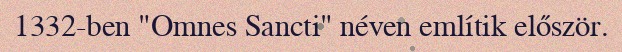
1332-ben "Omnes Sancti" néven említik először.